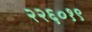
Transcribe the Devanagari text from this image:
२२६०१९